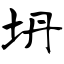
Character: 坍